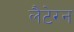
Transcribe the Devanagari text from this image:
लैटेरन